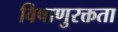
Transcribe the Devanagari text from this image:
विषाणुरक्तता